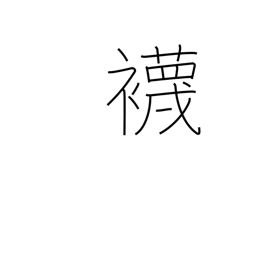
Meaning: socks